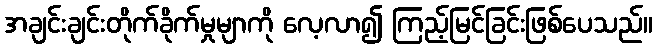
အချင်းချင်းတိုက်ခိုက်မှုမျာကို လေ့လာ၍ ကြည့်မြင်ခြင်းဖြစ်ပေသည်။